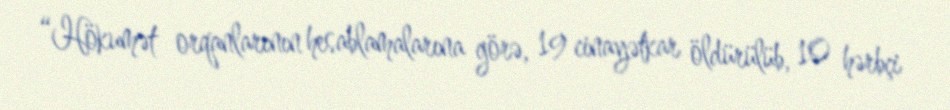
“Hökumət orqanlarının hesablamalarına görə, 19 cinayətkar öldürülüb, 10 hərbçi